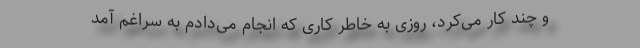
و چند کار می‌کرد، روزی به خاطر کاری که انجام می‌دادم به سراغم آمد